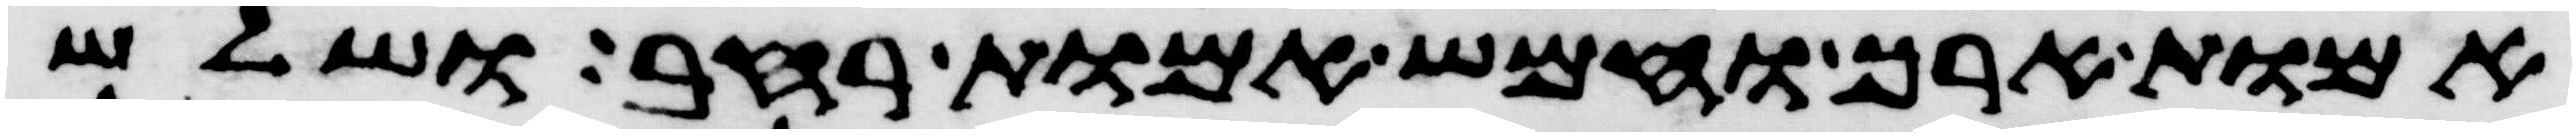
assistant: אמות ארך וחמש אמות רחב ושלש